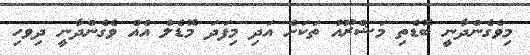
މިވެގެންދާނީ ބޮޑެތި މަޝްރޫއު ތަކަށް އަދި މިފަދަ މޮޑެލް އެއް ވެގެންދާނީ ދިވހި